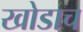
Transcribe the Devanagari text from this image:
खोडाच